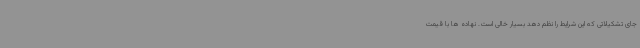
جای تشکیلاتی که این شرایط را نظم دهد بسیار خالی است. نهاده ها با قیمت